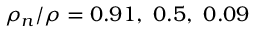
\rho _ { n } / \rho = 0 . 9 1 , \ 0 . 5 , \ 0 . 0 9